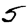
Digit: 5